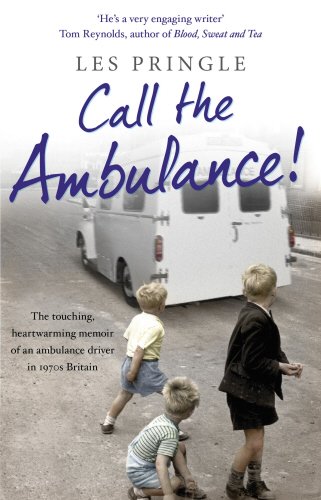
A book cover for Call the Ambulance!; Les Pringle; Medical Books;